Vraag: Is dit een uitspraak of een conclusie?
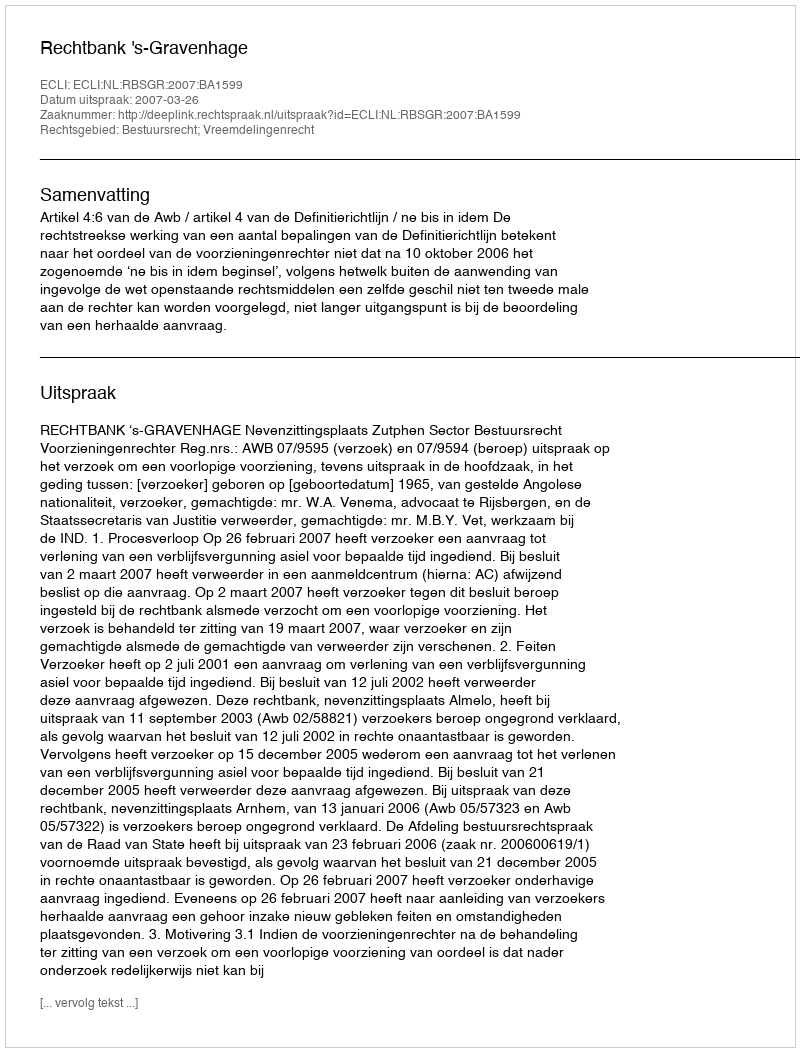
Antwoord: Uitspraak